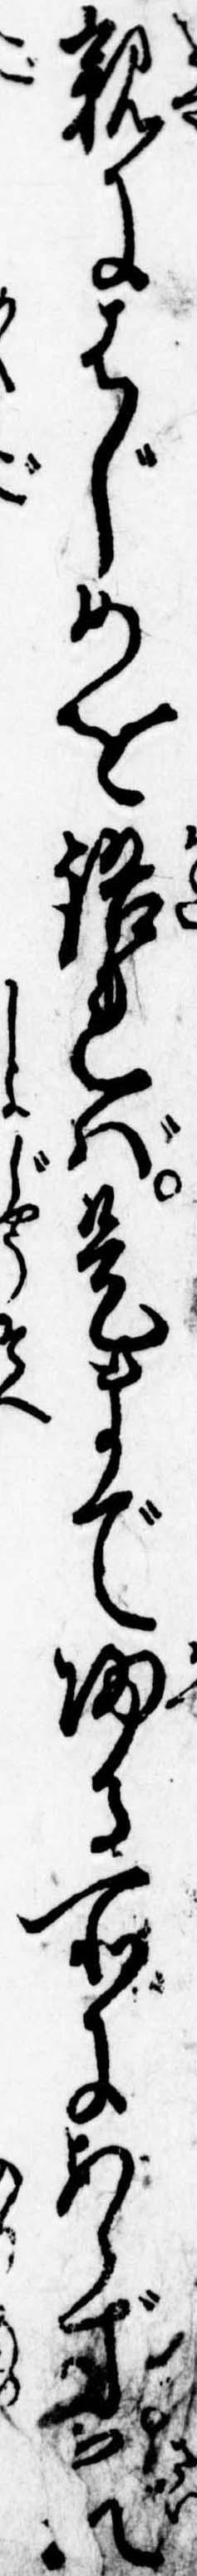
親にはじめを語れば是まで帰る所にあらず最